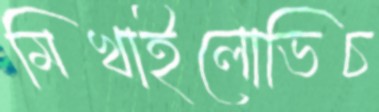
মিখাইলোভিচ